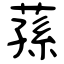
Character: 蓀